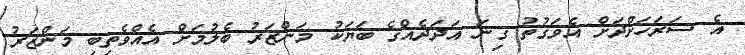
އެ ސަރަހަށްދަށް އެވަގުތު ގިނަ އަދަދެއްގެ ބަޔަކު މަންޒަރު ބެލުމަށް އެއްވެތިބި މަންޒަރު